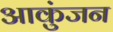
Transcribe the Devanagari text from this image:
आकुंजन